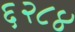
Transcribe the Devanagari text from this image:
६२८४